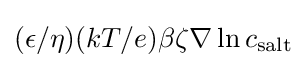
(\epsilon /\eta )(kT/e)\beta \zeta \nabla \ln c_{\text{salt}}